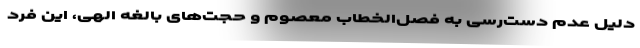
دلیل عدم دست‌رسی به فصل‌الخطاب معصوم و حجت‌های بالغه الهی، این فرد